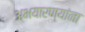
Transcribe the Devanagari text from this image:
अभयारण्यांना